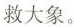
救大象.